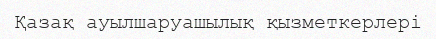
Қазақ ауылшаруашылық қызметкерлері